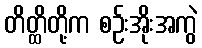
တိတ္ထိတို့က စဉ်းအိုးအကွဲ